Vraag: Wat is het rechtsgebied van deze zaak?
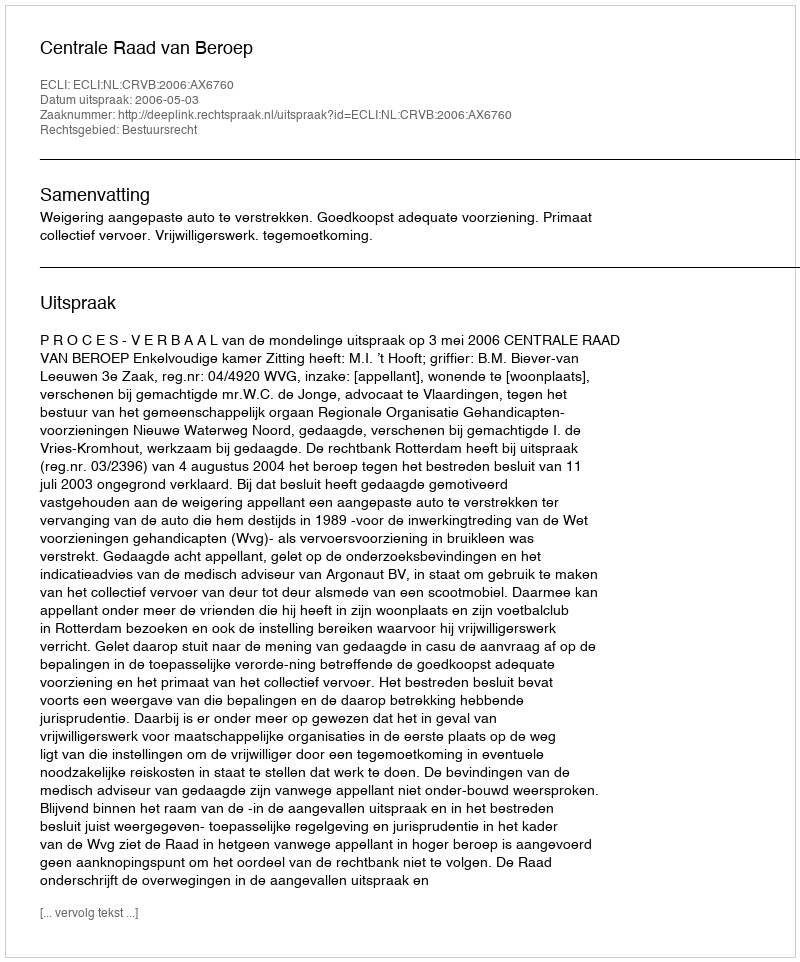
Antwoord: Bestuursrecht